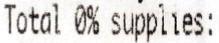
TOTAL 0% SUPPLIES: